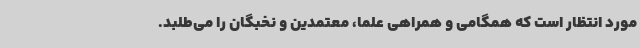
مورد انتظار است که همگامی و همراهی علما، معتمدین و نخبگان را می‌طلبد.